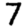
Digit: 7